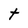
Character: t